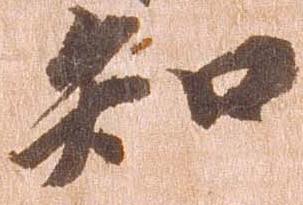
知